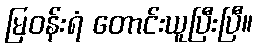
မြဝန်းရံ တောင်းယူပြီးပြီ။